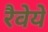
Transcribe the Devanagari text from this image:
रैवेये